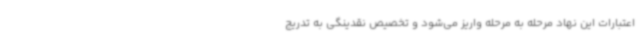
اعتبارات این نهاد مرحله به مرحله واریز می‌شود و تخصیص نقدینگی به تدریج